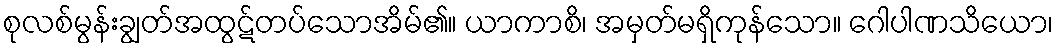
စုလစ်မွန်းချွတ်အထွဋ်တပ်သောအိမ်၏။ ယာကာစိ၊ အမှတ်မရှိကုန်သော။ ဂေါပါဏသိယော၊